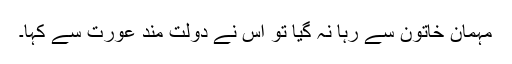
مہمان خاتون سے رہا نہ گیا تو اس نے دولت مند عورت سے کہا۔